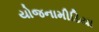
યોજનામીડિયા